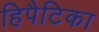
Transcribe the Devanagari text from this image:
हिपैटिका